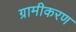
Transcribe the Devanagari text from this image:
ग्रामीकरण